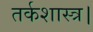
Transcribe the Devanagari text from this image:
तर्कशास्त्र।